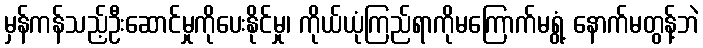
မှန်ကန်သည့်ဦးဆောင်မှုကိုပေးနိုင်မှု၊ ကိုယ်ယုံကြည်ရာကိုမကြောက်မရွံ့ နောက်မတွန့်ဘဲ